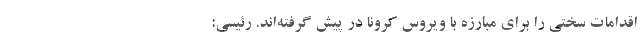
اقدامات سختی را برای مبارزه با ویروس کرونا در پیش گرفته‌اند. رئیسی: